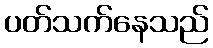
ပတ်သက်နေသည်